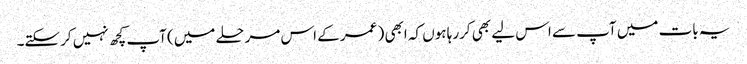
یہ بات میں آپ سے اس لیے بھی کررہا ہوں کہ ابھی ( عمر کے اس مرحلے میں) آپ کچھ نہیں کرسکتے۔